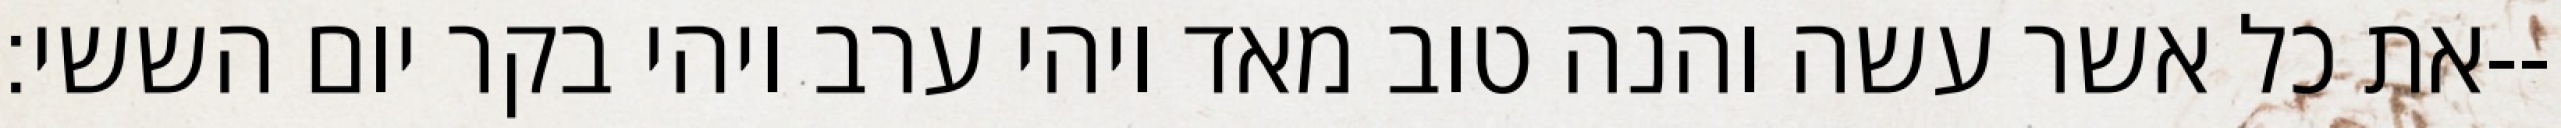
את כל אשר עשה והנה טוב מאד ויהי ערב ויהי בקר יום הששי׃--